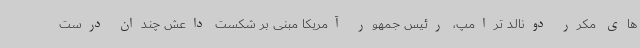
های مکرر دونالد ترامپ، رئیس جمهور آمریکا مبنی بر شکست داعش چندان درست